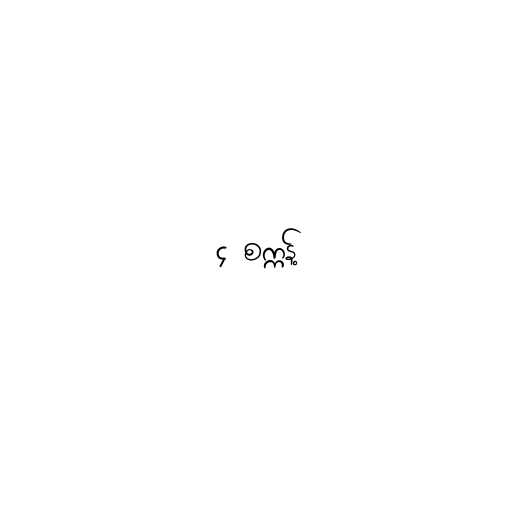
၄ စက္ကန့်